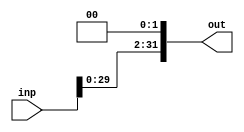
module Shifter32(input [31:0] inp , output [31:0] out);
		
		assign out = {inp[29:0],2'b0} ;

endmodule